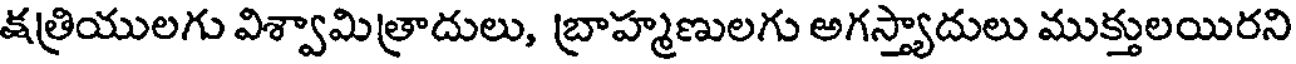
క్షత్రియులగు విశ్వామిత్రాదులు, బ్రాహ్మణులగు అగస్త్యాదులు ముక్తులయిరని